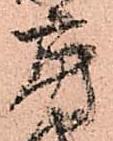
房